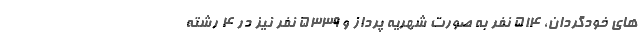
های خودگردان، ۵۱۴ نفر به صورت شهریه پرداز و ۵۳۳۹ نفر نیز در ۴ رشته